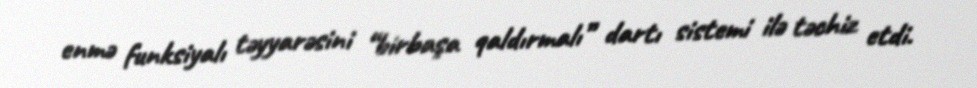
enmə funksiyalı təyyarəsini “birbaşa qaldırmalı” dartı sistemi ilə təchiz etdi.